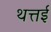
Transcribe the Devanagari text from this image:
थत्तई